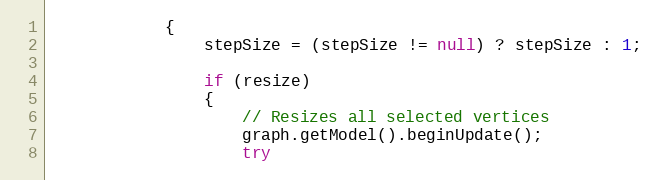
Language: JavaScript
			{
				stepSize = (stepSize != null) ? stepSize : 1;

				if (resize)
				{
					// Resizes all selected vertices
					graph.getModel().beginUpdate();
					try